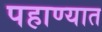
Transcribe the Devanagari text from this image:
पहाण्यात